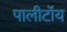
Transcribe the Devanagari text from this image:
पालीटॉय